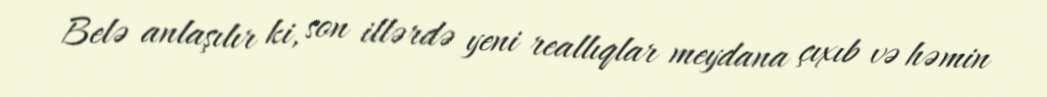
Belə anlaşılır ki, son illərdə yeni reallıqlar meydana çıxıb və həmin